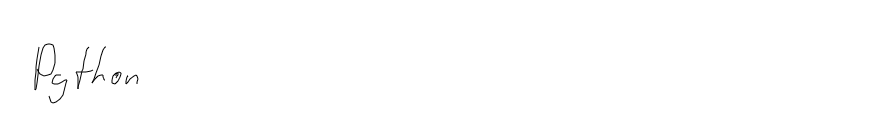
Python